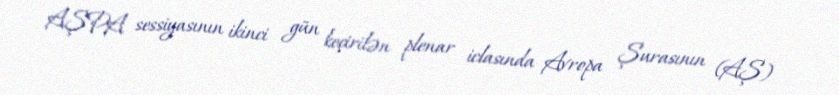
AŞPA sessiyasının ikinci gün keçirilən plenar iclasında Avropa Şurasının (AŞ)